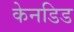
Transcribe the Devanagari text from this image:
केनडिड